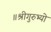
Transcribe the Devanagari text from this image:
॥श्रीगुरुभ्यो